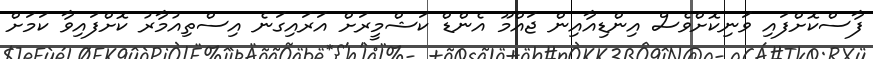
ފާސްކޮށްފައި ވަނިކޮށްވެސް އިންޑިއާއިން ޖައްމޫ އެންޑް ކަޝްމީރަށް އަރައިގަނެ އިސްތިއުމާރު ކޮށްފައިވާ ކަމަށް